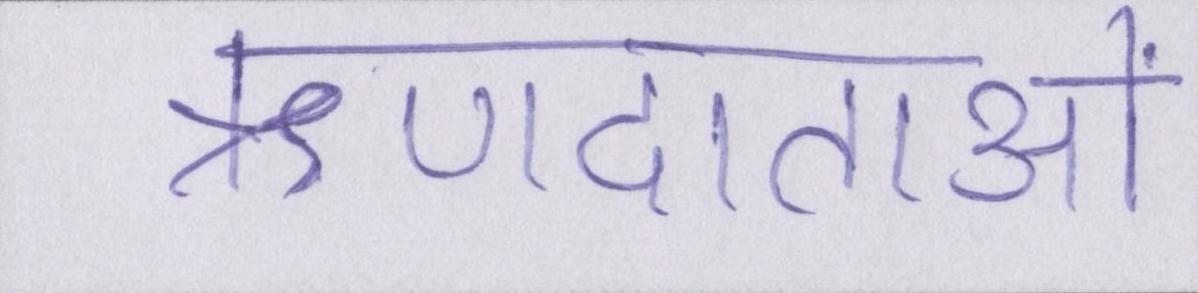
ऋणदाताओं